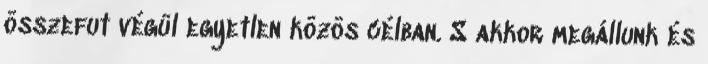
összefut végül egyetlen közös célban. S akkor megállunk és